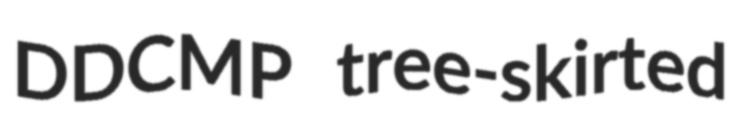
DDCMP tree-skirted